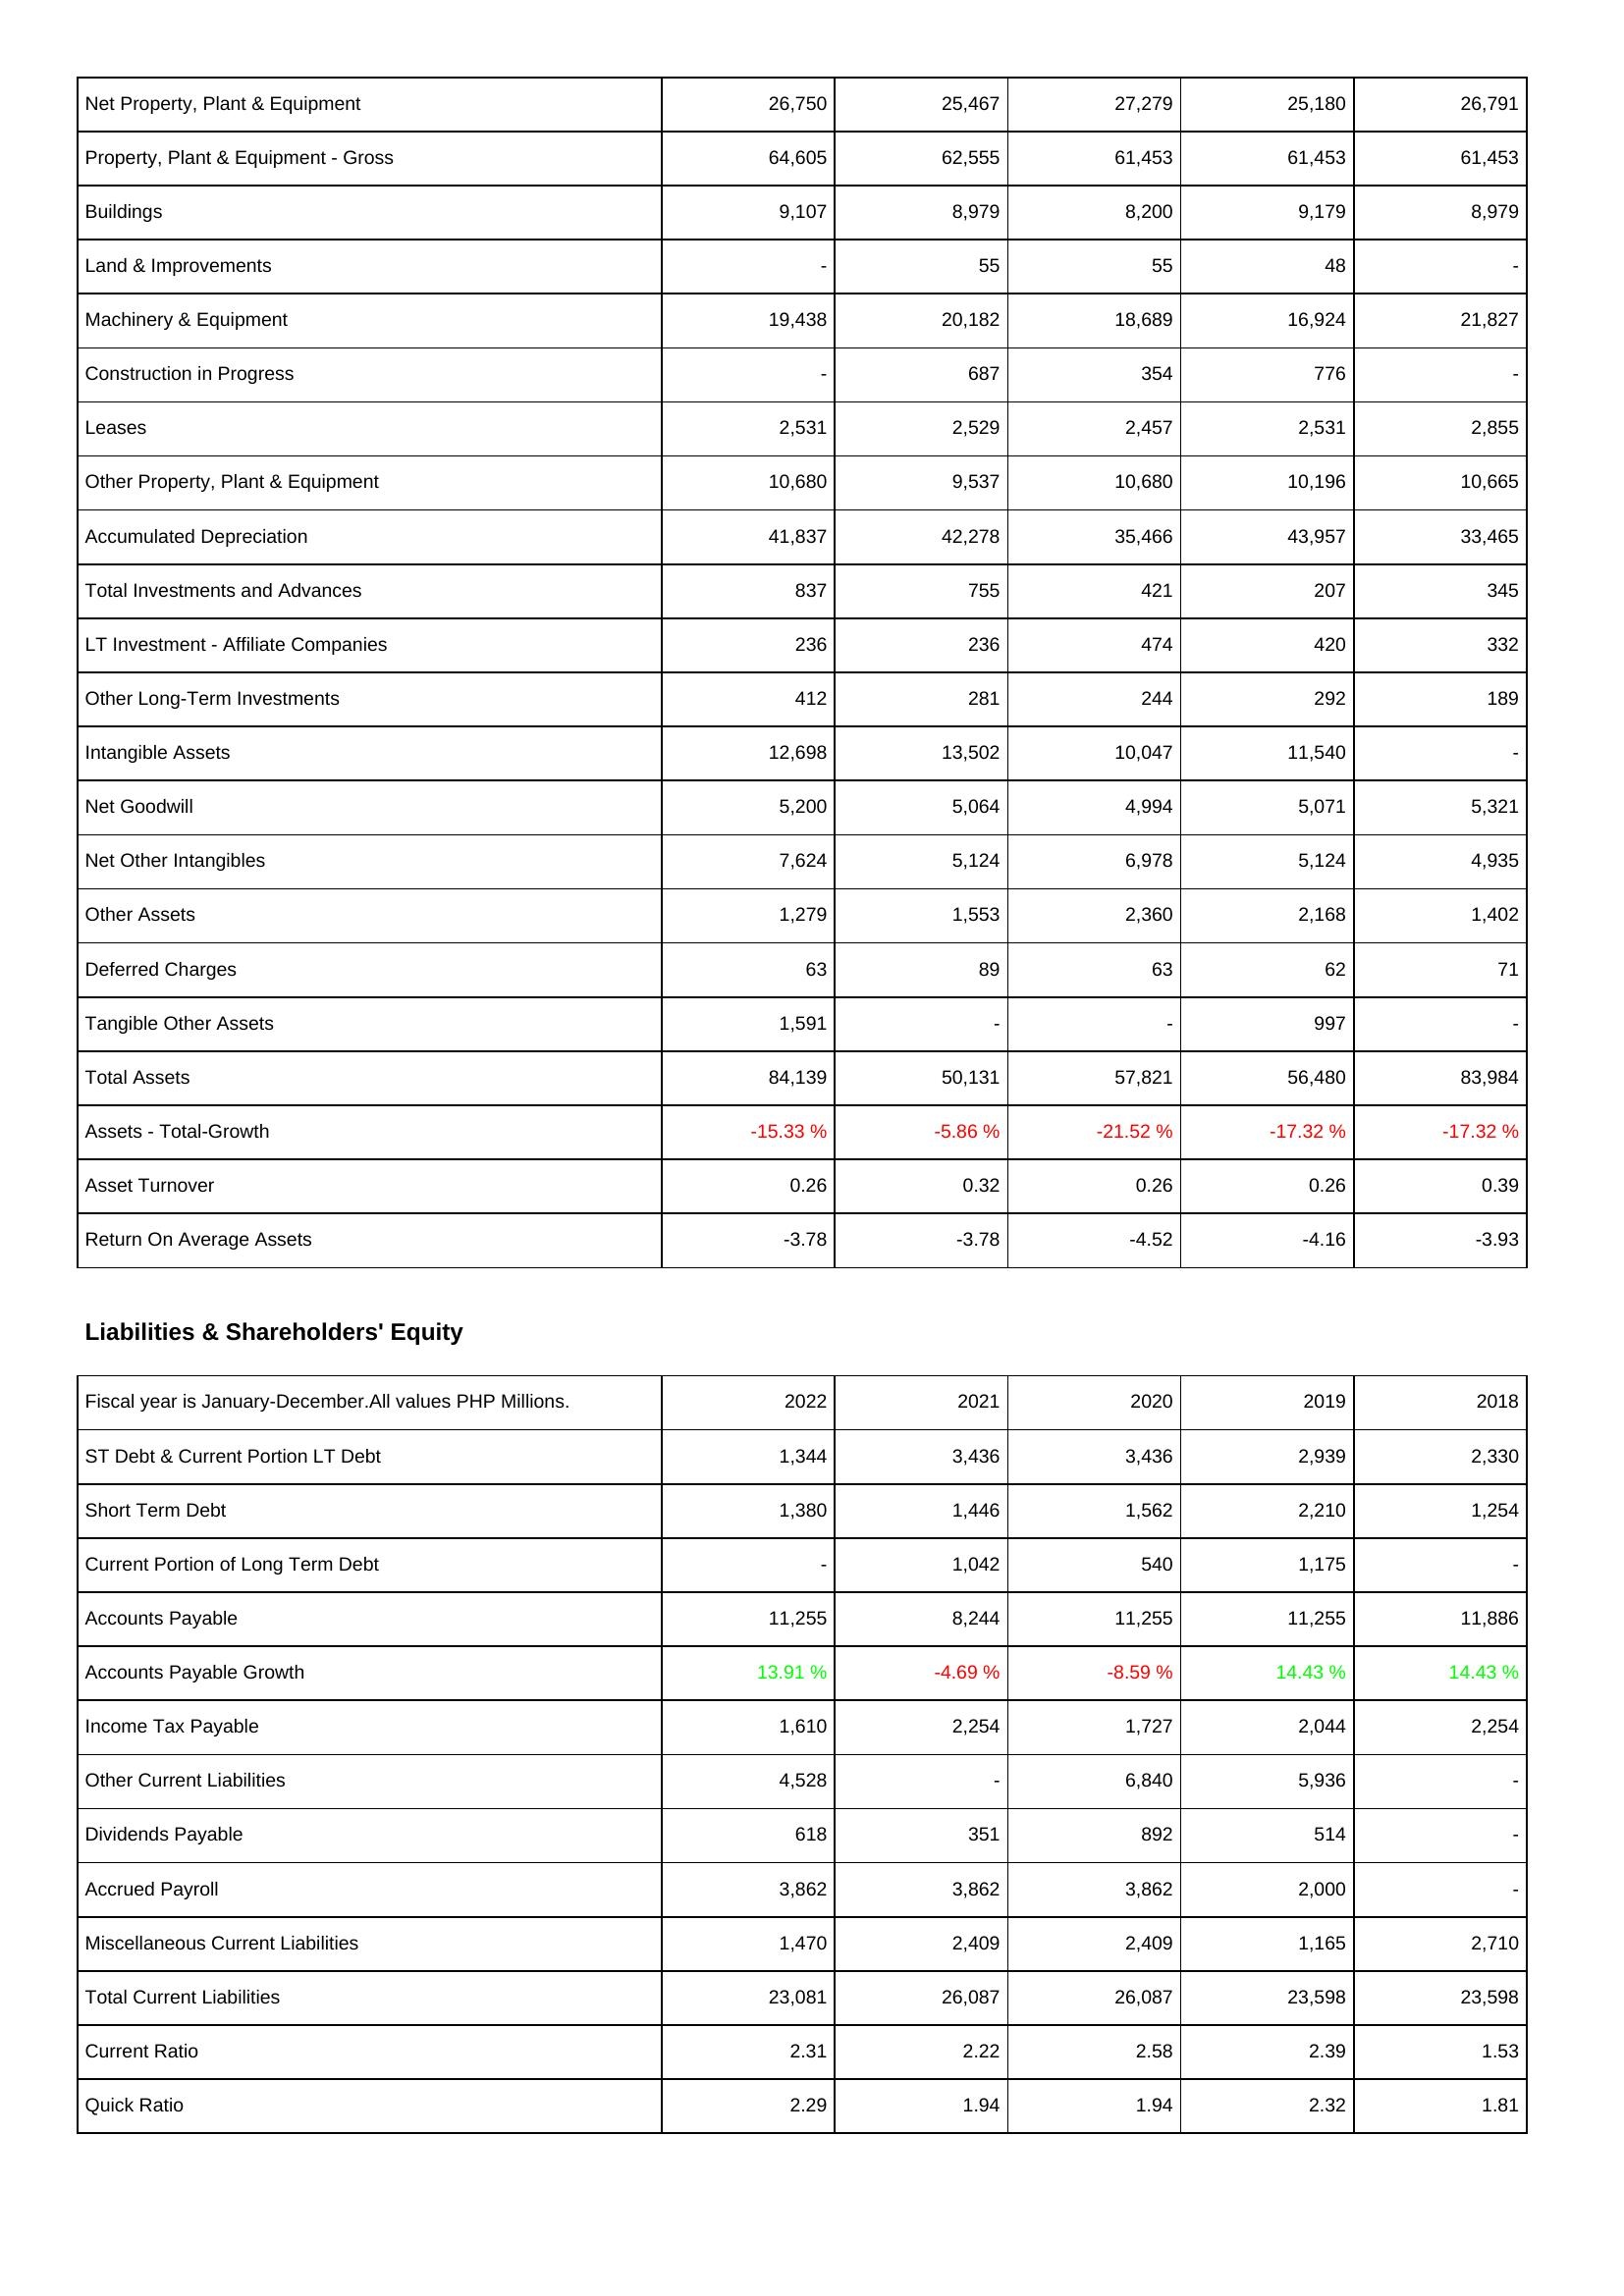
2022: Assets: Net Property, Plant & Equipment: 26,750
Property, Plant & Equipment - Gross: 64,605
Buildings: 9,107
Land & Improvements: -
Machinery & Equipment: 19,438
Construction in Progress: -
Leases: 2,531
Other Property, Plant & Equipment: 10,680
Accumulated Depreciation: 41,837
Total Investments and Advances: 837
LT Investment - Affiliate Companies: 236
Other Long-Term Investments: 412
Intangible Assets: 12,698
Net Goodwill: 5,200
Net Other Intangibles: 7,624
Other Assets: 1,279
Deferred Charges: 63
Tangible Other Assets: 1,591
Total Assets: 84,139
Assets - Total-Growth: -15.33 %
Asset Turnover: 0.26
Return On Average Assets: -3.78
Liabilities & Shareholders' Equity: ST Debt & Current Portion LT Debt: 1,344
Short Term Debt: 1,380
Current Portion of Long Term Debt: -
Accounts Payable: 11,255
Accounts Payable Growth: 13.91 %
Income Tax Payable: 1,610
Other Current Liabilities: 4,528
Dividends Payable: 618
Accrued Payroll: 3,862
Miscellaneous Current Liabilities: 1,470
Total Current Liabilities: 23,081
Current Ratio: 2.31
Quick Ratio: 2.29
2021: Assets: Net Property, Plant & Equipment: 25,467
Property, Plant & Equipment - Gross: 62,555
Buildings: 8,979
Land & Improvements: 55
Machinery & Equipment: 20,182
Construction in Progress: 687
Leases: 2,529
Other Property, Plant & Equipment: 9,537
Accumulated Depreciation: 42,278
Total Investments and Advances: 755
LT Investment - Affiliate Companies: 236
Other Long-Term Investments: 281
Intangible Assets: 13,502
Net Goodwill: 5,064
Net Other Intangibles: 5,124
Other Assets: 1,553
Deferred Charges: 89
Tangible Other Assets: -
Total Assets: 50,131
Assets - Total-Growth: -5.86 %
Asset Turnover: 0.32
Return On Average Assets: -3.78
Liabilities & Shareholders' Equity: ST Debt & Current Portion LT Debt: 3,436
Short Term Debt: 1,446
Current Portion of Long Term Debt: 1,042
Accounts Payable: 8,244
Accounts Payable Growth: -4.69 %
Income Tax Payable: 2,254
Other Current Liabilities: -
Dividends Payable: 351
Accrued Payroll: 3,862
Miscellaneous Current Liabilities: 2,409
Total Current Liabilities: 26,087
Current Ratio: 2.22
Quick Ratio: 1.94
2020: Assets: Net Property, Plant & Equipment: 27,279
Property, Plant & Equipment - Gross: 61,453
Buildings: 8,200
Land & Improvements: 55
Machinery & Equipment: 18,689
Construction in Progress: 354
Leases: 2,457
Other Property, Plant & Equipment: 10,680
Accumulated Depreciation: 35,466
Total Investments and Advances: 421
LT Investment - Affiliate Companies: 474
Other Long-Term Investments: 244
Intangible Assets: 10,047
Net Goodwill: 4,994
Net Other Intangibles: 6,978
Other Assets: 2,360
Deferred Charges: 63
Tangible Other Assets: -
Total Assets: 57,821
Assets - Total-Growth: -21.52 %
Asset Turnover: 0.26
Return On Average Assets: -4.52
Liabilities & Shareholders' Equity: ST Debt & Current Portion LT Debt: 3,436
Short Term Debt: 1,562
Current Portion of Long Term Debt: 540
Accounts Payable: 11,255
Accounts Payable Growth: -8.59 %
Income Tax Payable: 1,727
Other Current Liabilities: 6,840
Dividends Payable: 892
Accrued Payroll: 3,862
Miscellaneous Current Liabilities: 2,409
Total Current Liabilities: 26,087
Current Ratio: 2.58
Quick Ratio: 1.94
2019: Assets: Net Property, Plant & Equipment: 25,180
Property, Plant & Equipment - Gross: 61,453
Buildings: 9,179
Land & Improvements: 48
Machinery & Equipment: 16,924
Construction in Progress: 776
Leases: 2,531
Other Property, Plant & Equipment: 10,196
Accumulated Depreciation: 43,957
Total Investments and Advances: 207
LT Investment - Affiliate Companies: 420
Other Long-Term Investments: 292
Intangible Assets: 11,540
Net Goodwill: 5,071
Net Other Intangibles: 5,124
Other Assets: 2,168
Deferred Charges: 62
Tangible Other Assets: 997
Total Assets: 56,480
Assets - Total-Growth: -17.32 %
Asset Turnover: 0.26
Return On Average Assets: -4.16
Liabilities & Shareholders' Equity: ST Debt & Current Portion LT Debt: 2,939
Short Term Debt: 2,210
Current Portion of Long Term Debt: 1,175
Accounts Payable: 11,255
Accounts Payable Growth: 14.43 %
Income Tax Payable: 2,044
Other Current Liabilities: 5,936
Dividends Payable: 514
Accrued Payroll: 2,000
Miscellaneous Current Liabilities: 1,165
Total Current Liabilities: 23,598
Current Ratio: 2.39
Quick Ratio: 2.32
2018: Assets: Net Property, Plant & Equipment: 26,791
Property, Plant & Equipment - Gross: 61,453
Buildings: 8,979
Land & Improvements: -
Machinery & Equipment: 21,827
Construction in Progress: -
Leases: 2,855
Other Property, Plant & Equipment: 10,665
Accumulated Depreciation: 33,465
Total Investments and Advances: 345
LT Investment - Affiliate Companies: 332
Other Long-Term Investments: 189
Intangible Assets: -
Net Goodwill: 5,321
Net Other Intangibles: 4,935
Other Assets: 1,402
Deferred Charges: 71
Tangible Other Assets: -
Total Assets: 83,984
Assets - Total-Growth: -17.32 %
Asset Turnover: 0.39
Return On Average Assets: -3.93
Liabilities & Shareholders' Equity: ST Debt & Current Portion LT Debt: 2,330
Short Term Debt: 1,254
Current Portion of Long Term Debt: -
Accounts Payable: 11,886
Accounts Payable Growth: 14.43 %
Income Tax Payable: 2,254
Other Current Liabilities: -
Dividends Payable: -
Accrued Payroll: -
Miscellaneous Current Liabilities: 2,710
Total Current Liabilities: 23,598
Current Ratio: 1.53
Quick Ratio: 1.81